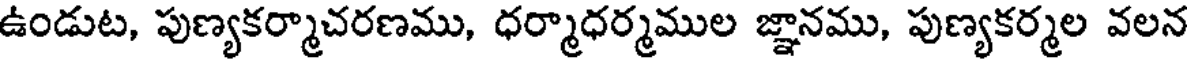
ఉండుట, పుణ్యకర్మాచరణము, ధర్మాధర్మముల జ్ఞానము, పుణ్యకర్మల వలన